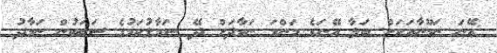
އޭނަ ނަމޫނާއަކަށް ބަލާ އޭނަގެ މަންމަ ނަމާދަށް ދޭ ސަމާލުކަމުގެ ސަބަބުން ނަމާދު